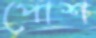
পোশ